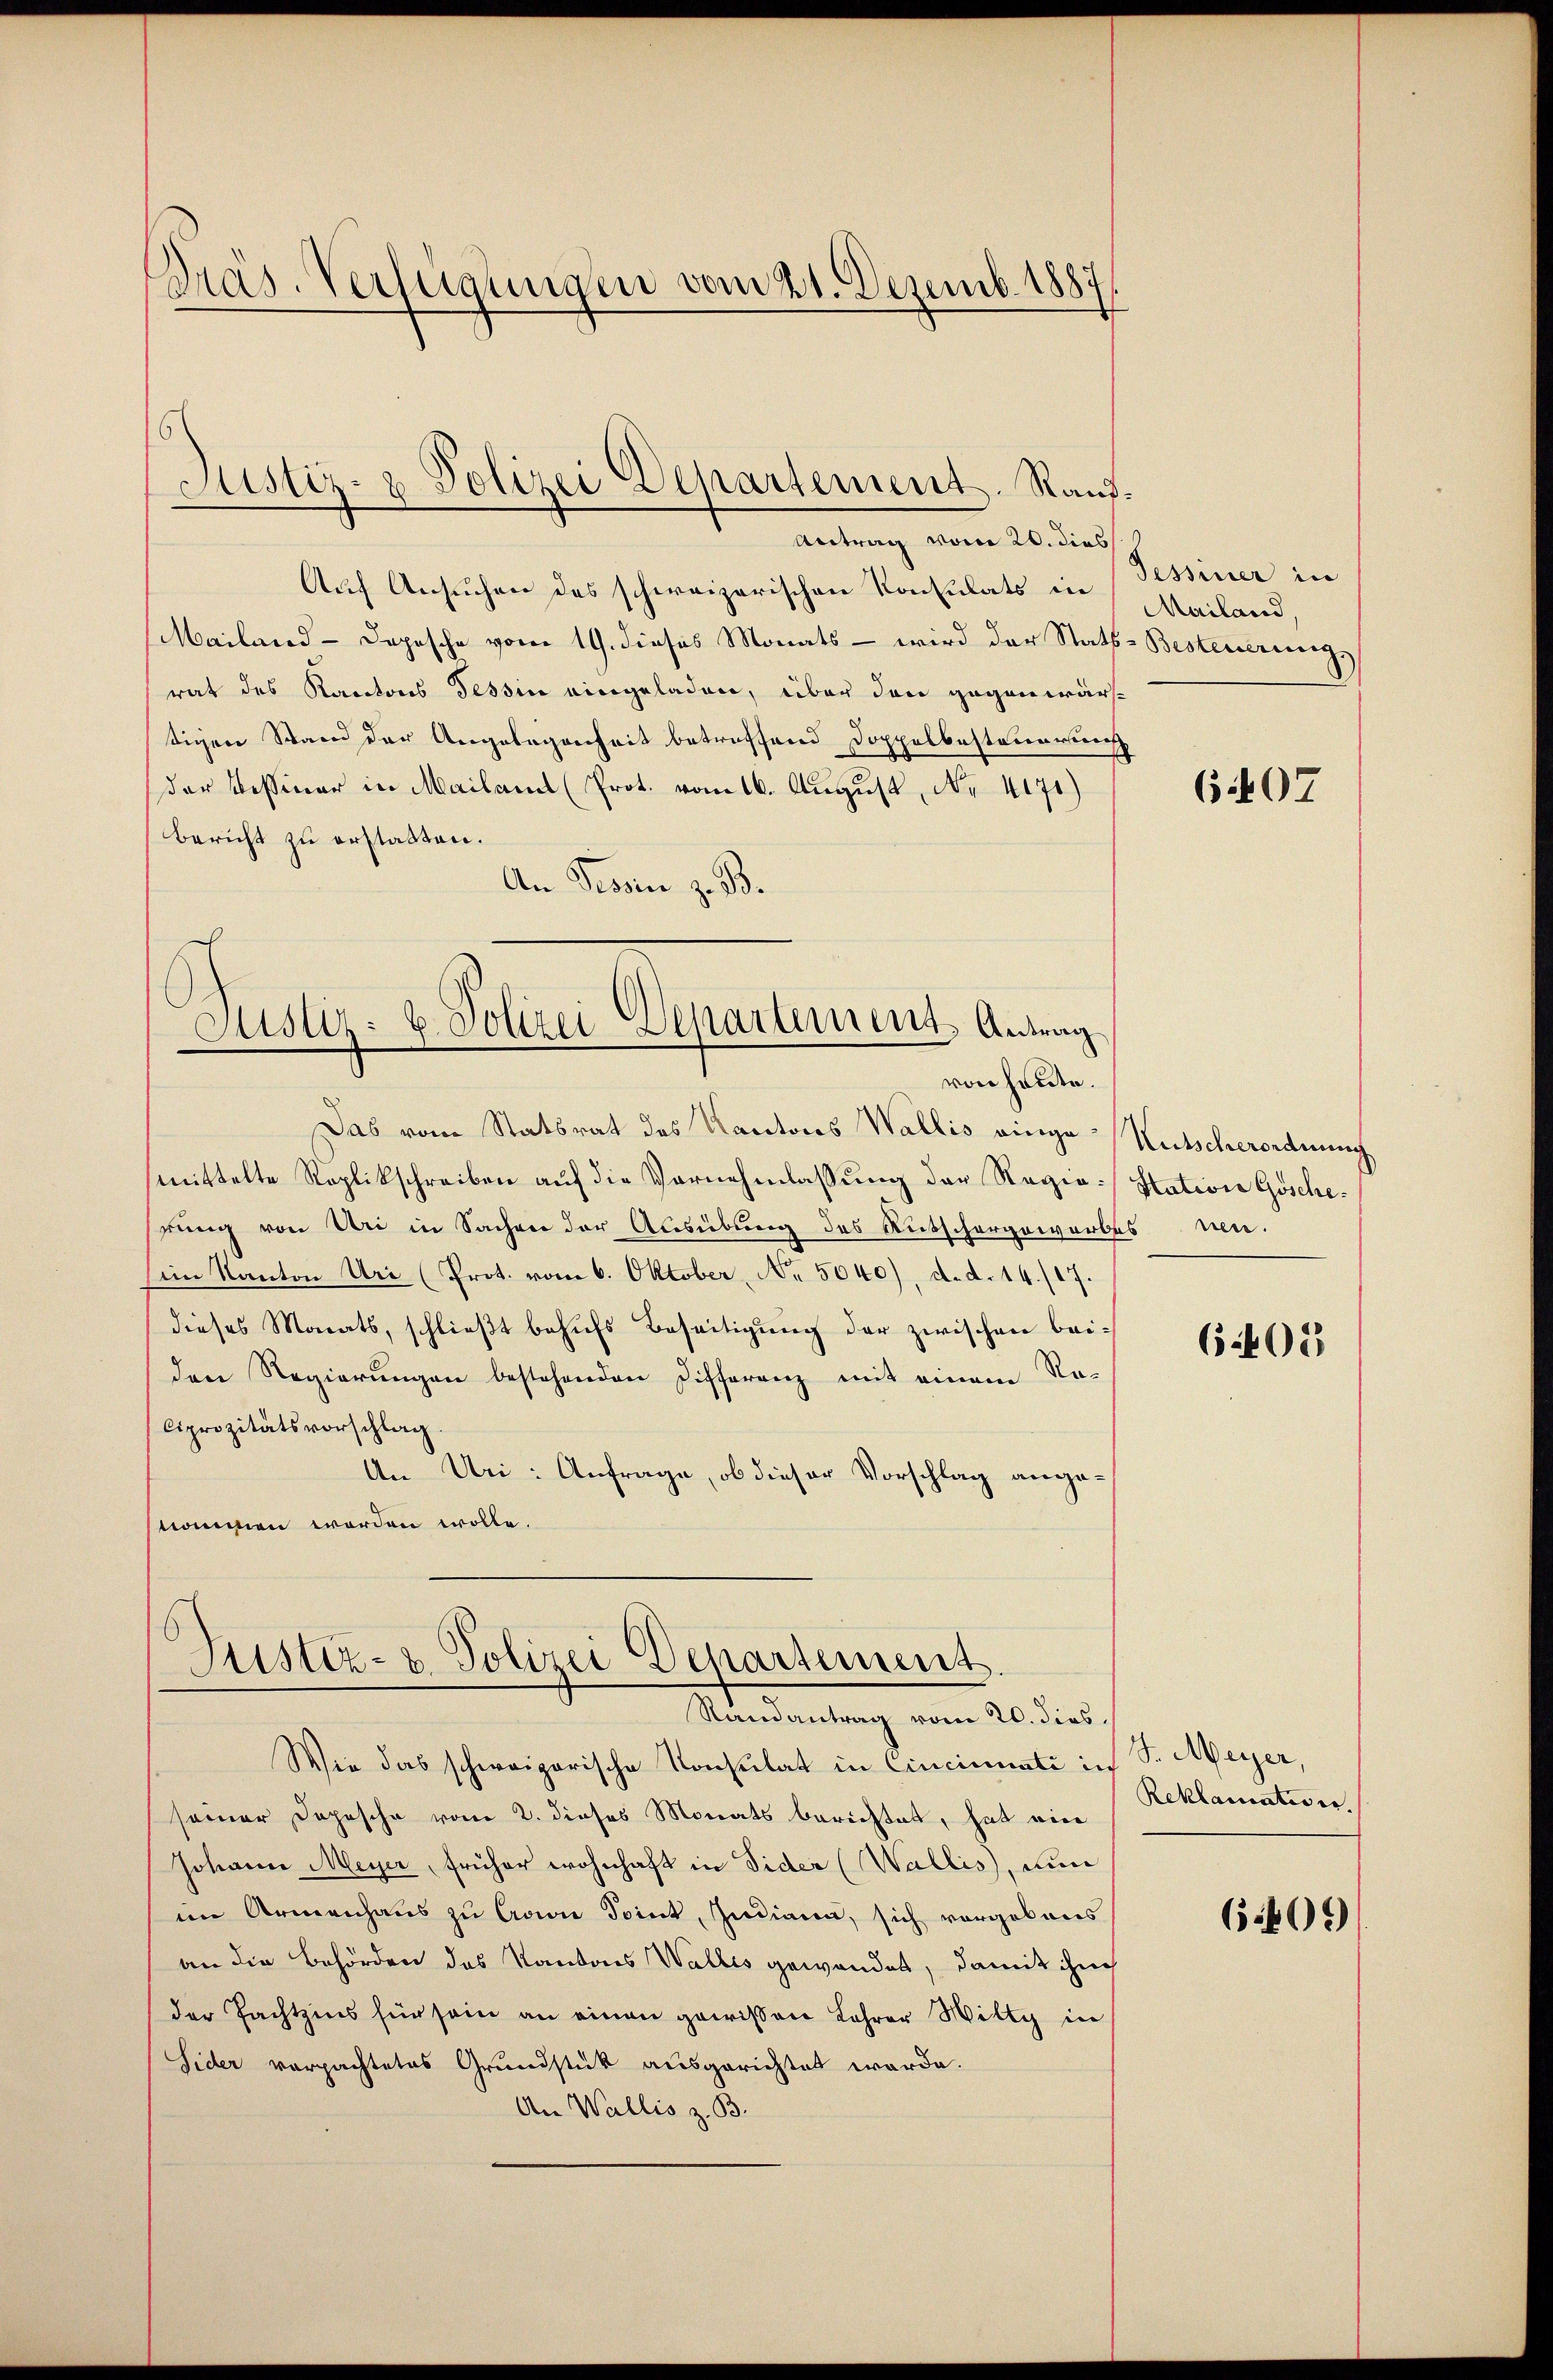
Präs. Verfügungen vom 21. Dezemb. 1887

Auf Ansuchen des schweizerischen Konsulats in
Mailand - Depesche vom 19. dieses Monats – wird der Stats-Besteuerungs
rat des Kantons Tessin eingeladen, über den gegenwärtigen Stand der Angelegenheit betreffend Doppelbesteuerun
der bessener in Mailand (Prot. vom 16. August, No 4171)
Bericht zu erstatten.
An Tessin z. B.

Justiz- & Polizei Departement. Rand.
Antrag vom 20. dies

Justiz- & Polizei-Departement Antrag
von heute.

Das vom Statsrat des Kantons Wallis einge Kutscherordnung
mittelte Roplikschreiben auf die Vornehmlassung der Regio Station Goscherung von Uri in Sachen der Ausübung des Rutschergewerbes unim Kanton Uri (Prot. vom 6. Oktober, No. 5040), d. d. 14./17.
dieses Monats, schließt behufs Beseitigung der zwischen beiden Regierungen bestehenden Differenz mit einem Re-
Ciprozitätsvorschlag
An Uri: Anfrage, ob dieser Vorschlag angenommen worden wolle.

Justiz- & Polizei Departement.
Randantrag vom 20. dies

Wie das schweizerische Konsulat in Cincinati in S. Meyer,
seiner Dopische vom 2. dieses Monats berichtet, hat eine
Johann Meyer, früher wohnhaft in Sider (Wallis, un
im Armenhaus zu Crowie Point, Indiana, sich vorgebens
an die Behörden des Kantons Wallis gewandet, damit ihne
der Pachtzins für sein an einen gewissen Lehrer Wilti in
Sider verpachtetes Grundstück ausgerichtet werde.
An Wallis z. B.

Tessiner in
Mailand,

607

605

Reklamatis er

6.406)